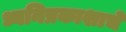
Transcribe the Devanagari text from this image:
ध्वनिप्रकाशाचे